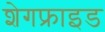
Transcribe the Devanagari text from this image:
शेगफ्राइड